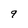
Character: 9